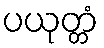
ပယုတ္တံ